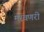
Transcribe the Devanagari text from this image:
मरवणरी